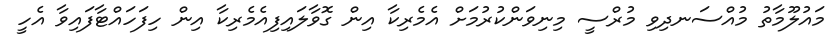
މައުލޫމާތު މުއްސަނދިވި މުރްސީ މިނިވަންކުރުމަށް އެމެރިކާ އިން ގޮވާލައިފިއެމެރިކާ އިން ހިފަހައްޓާފައިވާ އެހީ